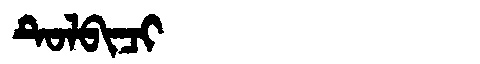
Manchu: ᡨᡠᠯᠪᡳᠴᡳ
Romanization: TULBICI